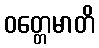
ဝတ္တေမာတိ